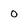
Character: 0